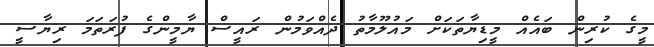
މީގެ ކުރިން ބައެއް މީޑިޔާތަކަށް މައުލޫމާތު ދެއްވަމުން ރައީސް ޔާމީންގެ ފުރަތަމަ ރިޔާސީ